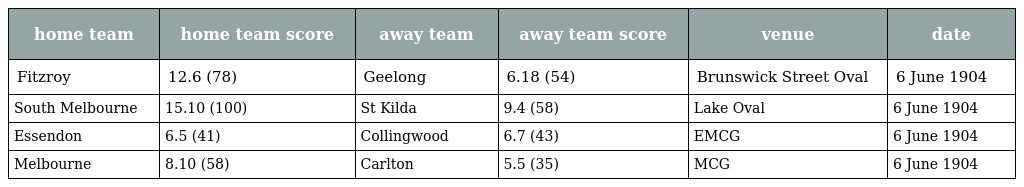
| home team | home team score | away team | away team score | venue | date |
 | --- | --- | --- | --- | --- | --- |
 | Fitzroy | 12.6 (78) | Geelong | 6.18 (54) | Brunswick Street Oval | 6 June 1904 |
 | South Melbourne | 15.10 (100) | St Kilda | 9.4 (58) | Lake Oval | 6 June 1904 |
 | Essendon | 6.5 (41) | Collingwood | 6.7 (43) | EMCG | 6 June 1904 |
 | Melbourne | 8.10 (58) | Carlton | 5.5 (35) | MCG | 6 June 1904 |